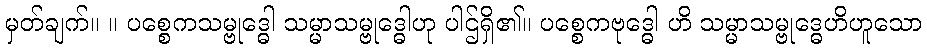
မှတ်ချက်။ ။ ပစ္စေကသမ္ဗုဒ္ဓေါ သမ္မာသမ္ဗုဒ္ဓေါဟု ပါဌ်ရှိ၏။ ပစ္စေကဗုဒ္ဓေါ ဟိ သမ္မာသမ္ဗုဒ္ဓေဟိဟူသော